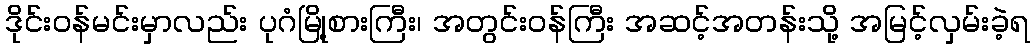
ဒိုင်းဝန်မင်းမှာလည်း ပုဂံမြို့စားကြီး၊ အတွင်းဝန်ကြီး အဆင့်အတန်းသို့ အမြင့်လှမ်းခဲ့ရ